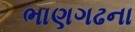
ભાણગઢના